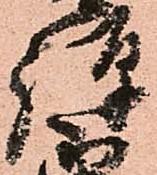
弾